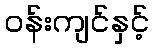
ဝန်းကျင်နှင့်